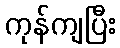
ကုန်ကျပြီး